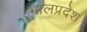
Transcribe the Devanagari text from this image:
भालप्रदेश